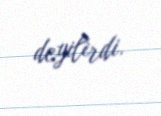
deyilirdi.